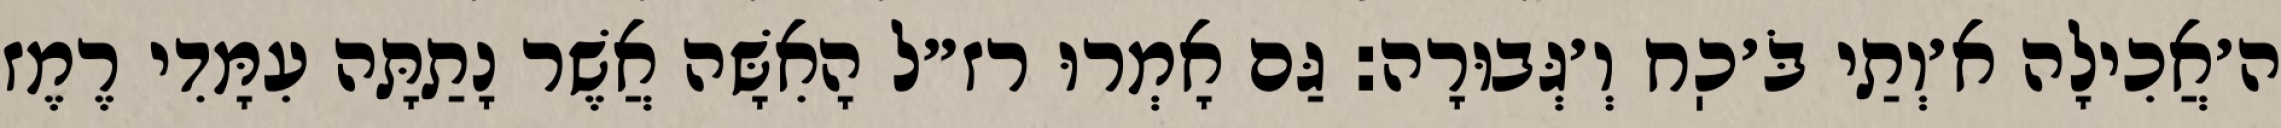
ה׳אֲכִילָה א׳וְתַי בֹּ׳כֽח וְ׳גְּבוּרָה: גַּם אָמְרוּ רז״ל הָאִשָּׁה אֲשֶׁר נָתַתָּה עִמָּדִי רֶמֶז